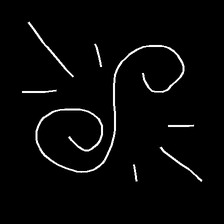
Glyph: wind-directs-air